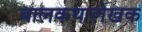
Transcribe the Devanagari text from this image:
बालकथालेखक